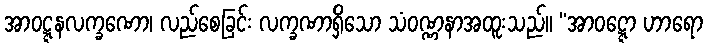
အာဝဋ္ဋနလက္ခဏော၊ လည်စေခြင်း လက္ခဏာရှိသော သံဝဏ္ဏနာအထူးသည်။ “အာဝဋ္ဋော ဟာရော